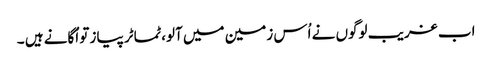
اب غریب لوگوں نے اُس زمین میں آلو،ٹماٹر پیاز تو اُگانے ہیں ۔